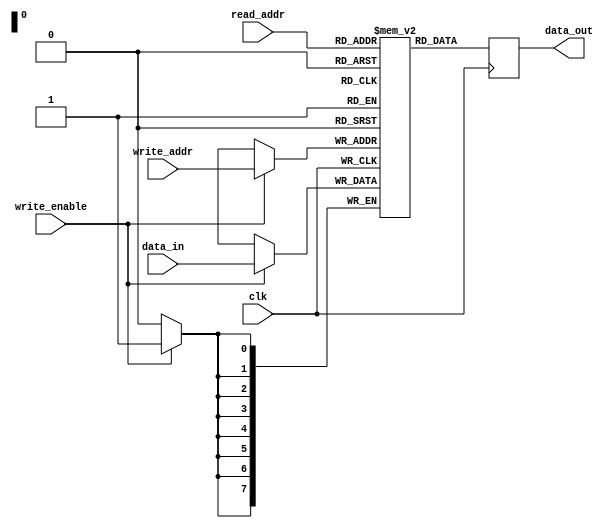
module dual_port_ram (
    input wire clk,
    input wire [7:0] read_addr,
    input wire [7:0] write_addr,
    input wire [7:0] data_in,
    input wire write_enable,
    output reg [7:0] data_out
);

reg [7:0] memory [255:0];

always @ (posedge clk) begin
    if (write_enable) begin
        memory[write_addr] <= data_in;
    end
    data_out <= memory[read_addr];
end

endmodule